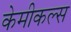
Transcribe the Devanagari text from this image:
केमीकल्स